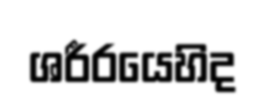
ශරීරයෙහිද